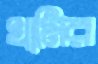
খামির